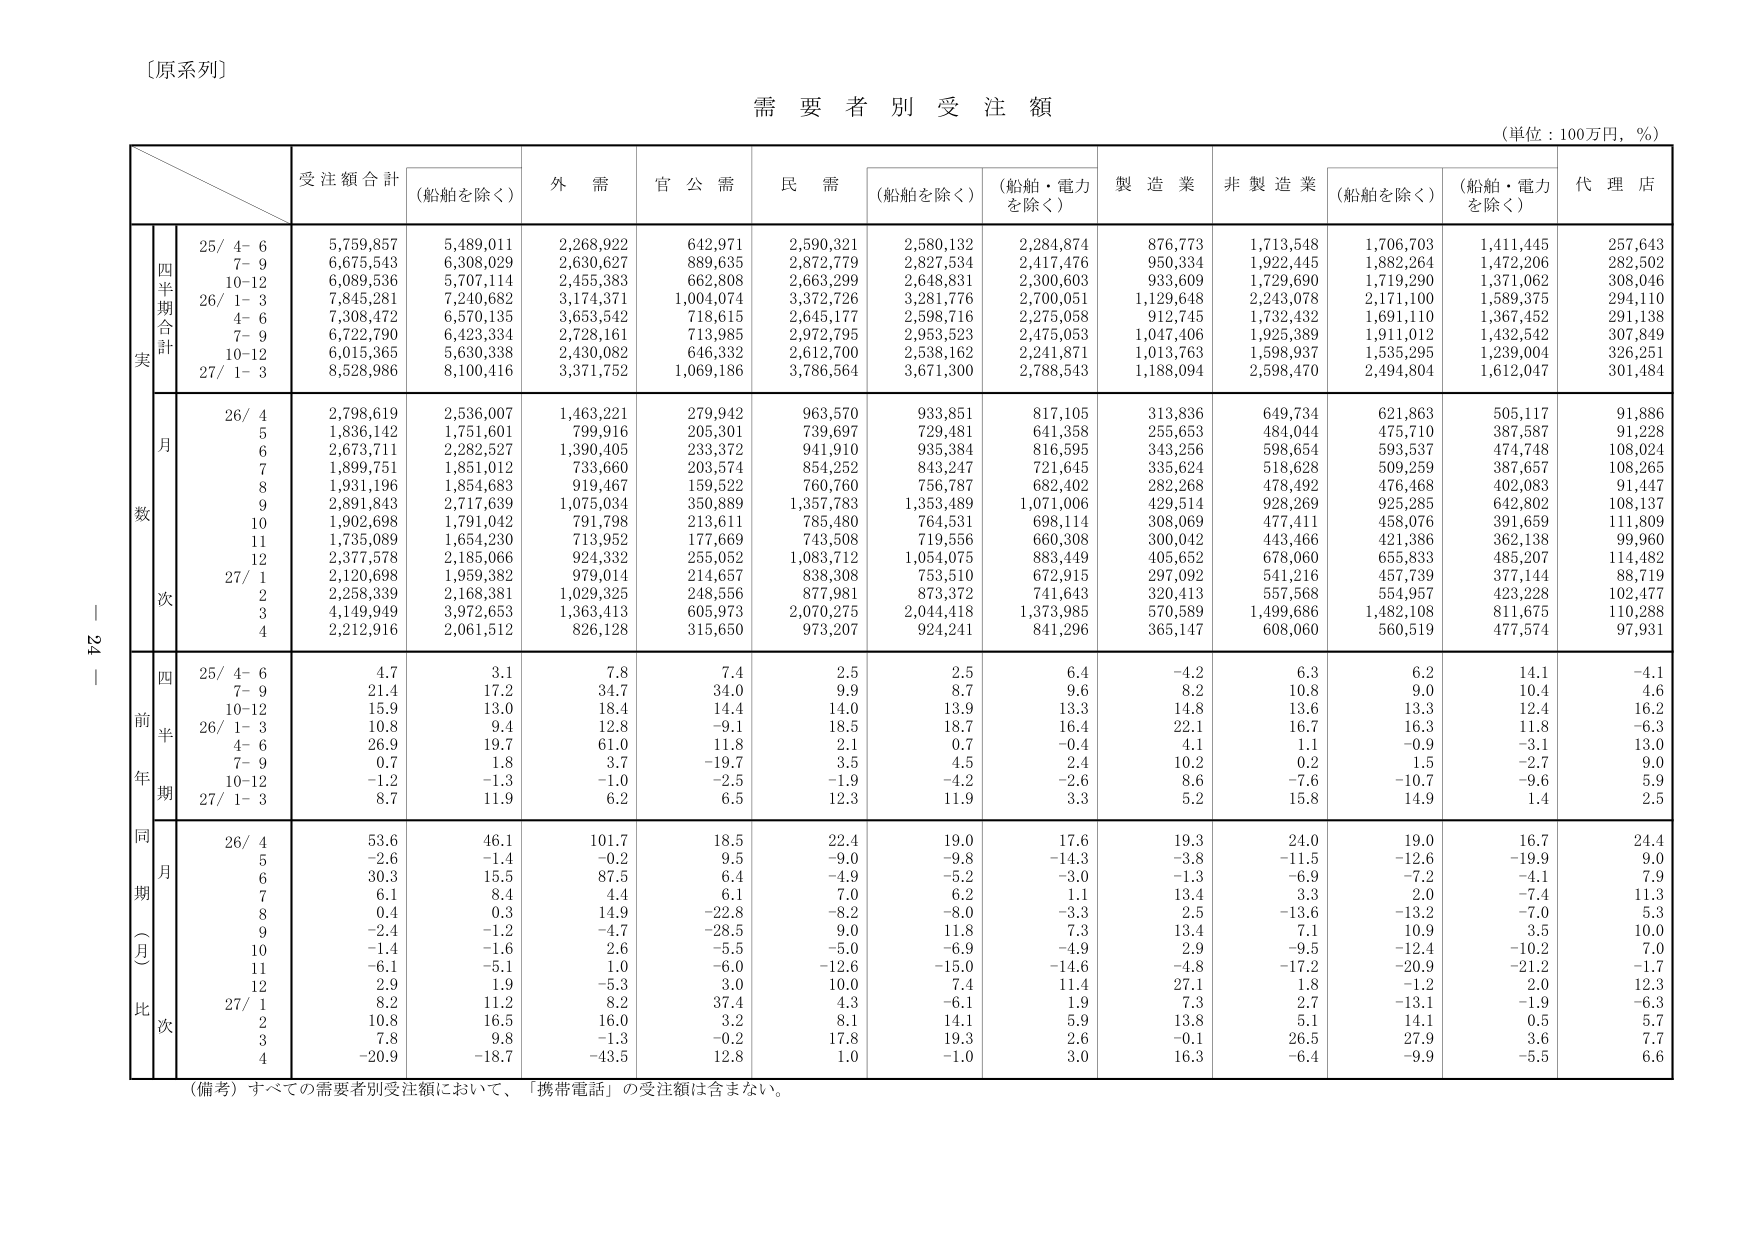
〔原系列〕

需要者別受注額
（単位：100万円，％）

受注額合計
（船舶を除く）
外需
官公需
民需
（船舶を除く）
（船舶・電力を除く）
製造業
非製造業
（船舶を除く）
（船舶・電力を除く）
代理店

四半期合計
実
25/ 4- 6
5,759,857
5,489,011
2,268,922
642,971
2,590,321
2,580,132
2,284,874
876,773
1,713,548
1,706,703
1,411,445
257,643
7- 9
6,675,543
6,308,029
2,630,627
889,635
2,872,779
2,827,534
2,417,476
950,334
1,922,445
1,882,264
1,472,206
282,502
10-12
6,089,536
5,707,114
2,455,383
662,808
2,663,299
2,648,831
2,300,603
933,609
1,729,690
1,719,290
1,371,062
308,046
26/ 1- 3
7,845,281
7,240,682
3,174,371
1,004,074
3,372,726
3,281,776
2,700,051
1,129,648
2,243,078
2,171,100
1,589,375
294,110
4- 6
7,308,472
6,570,135
3,653,542
718,615
2,645,177
2,598,716
2,275,058
912,745
1,732,432
1,691,110
1,367,452
291,138
7- 9
6,722,790
6,423,334
2,728,161
713,985
2,972,795
2,953,523
2,475,053
1,047,406
1,925,389
1,911,012
1,432,542
307,849
10-12
6,015,365
5,630,338
2,430,082
646,332
2,612,700
2,538,162
2,241,871
1,013,763
1,598,937
1,535,295
1,239,004
326,251
27/ 1- 3
8,528,986
8,100,416
3,371,752
1,069,186
3,786,564
3,671,300
2,788,543
1,188,094
2,598,470
2,494,804
1,612,047
301,484

月数
26/ 4
2,798,619
2,536,007
1,463,221
279,942
963,570
933,851
817,105
313,836
649,734
621,863
505,117
91,886
5
1,836,142
1,751,601
799,916
205,301
739,697
729,481
641,358
255,653
484,044
475,710
387,587
91,228
6
2,673,711
2,282,527
1,390,405
233,372
941,910
935,384
816,595
343,256
598,654
593,537
474,748
108,024
7
1,899,751
1,851,012
733,660
203,574
854,252
843,247
721,645
335,624
518,628
509,259
387,657
108,265
8
1,931,196
1,854,683
919,467
159,522
760,760
756,787
682,402
282,268
478,492
476,468
402,083
91,447
9
2,891,843
2,717,639
1,075,034
350,889
1,357,783
1,353,489
1,071,006
429,514
928,269
925,285
642,802
108,137
10
1,902,698
1,791,042
791,798
213,611
785,480
764,531
698,114
308,069
477,411
458,076
391,659
111,809
11
1,735,089
1,654,230
713,952
177,669
743,508
719,556
660,308
300,042
443,466
421,386
362,138
99,960
12
2,377,578
2,185,066
924,332
255,052
1,083,712
1,054,075
883,449
405,652
678,060
655,833
485,207
114,482
27/ 1
2,120,698
1,959,382
979,014
214,657
838,308
753,510
672,915
297,092
541,216
457,739
377,144
88,719
2
2,258,339
2,168,381
1,029,325
248,556
877,981
873,372
741,643
320,413
557,568
554,957
423,228
102,477
3
4,149,949
3,972,653
1,363,413
605,973
2,070,275
2,044,418
1,373,985
570,589
1,499,686
1,482,108
811,675
110,288
4
2,212,916
2,061,512
826,128
315,650
973,207
924,241
841,296
365,147
608,060
560,519
477,574
97,931

四半期
前年
25/ 4- 6
4.7
3.1
7.8
7.4
2.5
2.5
6.4
-4.2
6.3
6.2
14.1
-4.1
7- 9
21.4
17.2
34.7
34.0
9.9
8.7
9.6
8.2
10.8
9.0
10.4
4.6
10-12
15.9
13.0
18.4
14.4
14.0
13.9
13.3
14.8
13.6
13.3
12.4
16.2
26/ 1- 3
10.8
9.4
12.8
-9.1
18.5
18.7
16.4
22.1
16.7
16.3
11.8
-6.3
4- 6
26.9
19.7
61.0
11.8
2.1
0.7
-0.4
4.1
1.1
-0.9
-3.1
13.0
7- 9
0.7
1.8
3.7
-19.7
3.5
4.5
2.4
10.2
0.2
1.5
-2.7
9.0
10-12
-1.2
-1.3
-1.0
-2.5
-1.9
-4.2
-2.6
8.6
-7.6
-10.7
-9.6
5.9
27/ 1- 3
8.7
11.9
6.2
6.5
12.3
11.9
3.3
5.2
15.8
14.9
1.4
2.5

同期（月）比
26/ 4
53.6
46.1
101.7
18.5
22.4
19.0
17.6
19.3
24.0
19.0
16.7
24.4
5
-2.6
-1.4
-0.2
9.5
-9.0
-9.8
-14.3
-3.8
-11.5
-12.6
-19.9
9.0
6
30.3
15.5
87.5
6.4
-4.9
-5.2
-3.0
-1.3
-6.9
-7.2
-4.1
7.9
7
6.1
8.4
4.4
6.1
7.0
6.2
1.1
13.4
3.3
2.0
-7.4
11.3
8
0.4
0.3
14.9
-22.8
-8.2
-8.0
-3.3
2.5
-13.6
-13.2
-7.0
5.3
9
-2.4
-1.2
-4.7
-28.5
9.0
11.8
7.3
13.4
7.1
10.9
3.5
10.0
10
-1.4
-1.6
2.6
-5.5
-5.0
-6.9
-4.9
2.9
-9.5
-12.4
-10.2
7.0
11
-6.1
-5.1
1.0
-6.0
-12.6
-15.0
-14.6
-4.8
-17.2
-20.9
-21.2
-1.7
12
2.9
1.9
-5.3
3.0
10.0
7.4
11.4
27.1
1.8
-1.2
2.0
12.3
27/ 1
8.2
11.2
8.2
37.4
4.3
-6.1
1.9
7.3
2.7
-13.1
-1.9
-6.3
2
10.8
16.5
16.0
3.2
8.1
14.1
5.9
13.8
5.1
14.1
0.5
5.7
3
7.8
9.8
-1.3
-0.2
17.8
19.3
2.6
-0.1
26.5
27.9
3.6
7.7
4
-20.9
-18.7
-43.5
12.8
1.0
-1.0
3.0
16.3
-6.4
-9.9
-5.5
6.6

（備考）すべての需要者別受注額において、「携帯電話」の受注額は含まない。